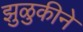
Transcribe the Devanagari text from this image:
झुळुकीने